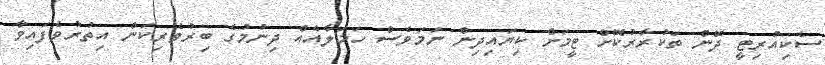
ސެކިއުރިޓީ ދޭން ތަކުރާރުކޮށް ޓީމަށް ކިޔައިދިން ނަމަވެސް ހަމަލާއެއް ދިނުމުގެ ބިރުވެރިކަން އިތުރުވެފައިވާ